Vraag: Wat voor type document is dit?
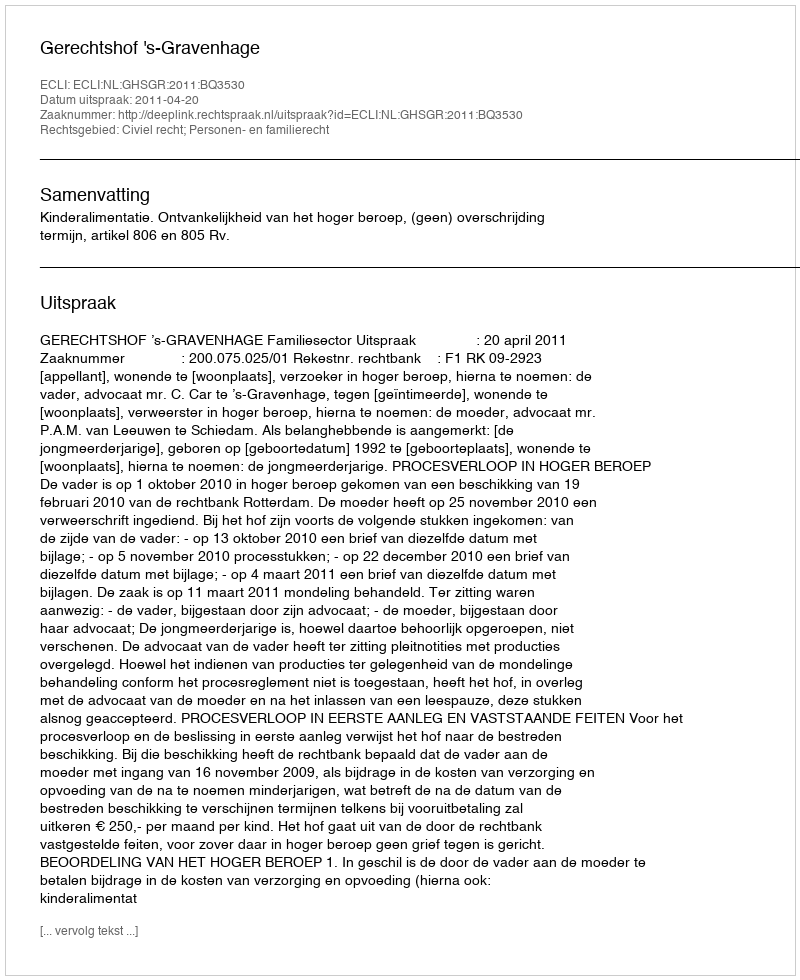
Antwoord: Uitspraak